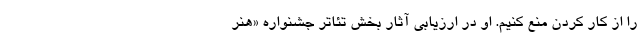
را از کار کردن منع کنیم. او در ارزیابی آثار بخش تئاتر جشنواره «هنر